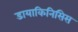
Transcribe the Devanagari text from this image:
डायाकिनिसिस